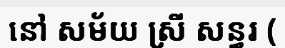
នៅ សម័យ ស្រី សន្ធរ (